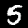
Digit: 5